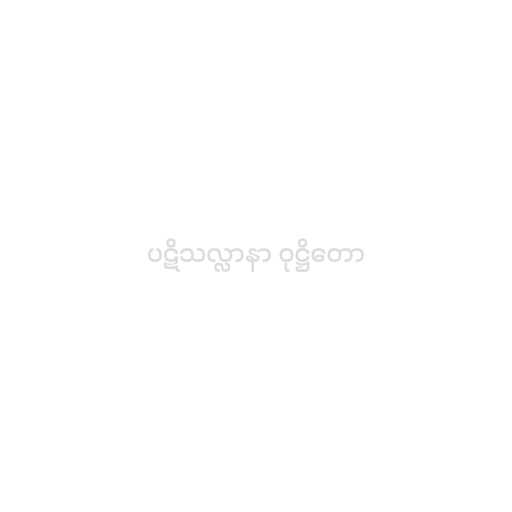
ပဋိသလ္လာနာ ဝုဋ္ဌိတော